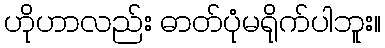
ဟိုဟာလည်း ဓာတ်ပုံမရိုက်ပါဘူး။